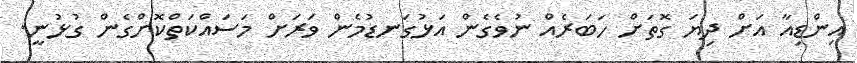
އިންޑިއާ އަށް ދިޔަ ގޮތަށް ހަބަރެއް ނުވެގެން އަޅުގަނޑުމެން ވަރަށް މަސައްކަތްކޮށްގެން ގުޅުނީ.